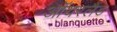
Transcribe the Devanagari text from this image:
ऑयरलैंड